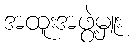
အထူးအဖွဲ့မှူး